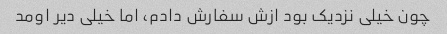
چون خیلی نزدیک بود ازش سفارش دادم، اما خیلی دیر اومد